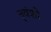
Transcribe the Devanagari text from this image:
नृवंशी